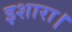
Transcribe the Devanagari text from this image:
इशारा।